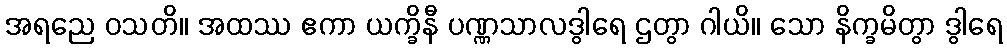
အရညေ ဝသတိ။ အထဿ ဧကာ ယက္ခိနီ ပဏ္ဏသာလဒွါရေ ဌတွာ ဂါယိ။ သော နိက္ခမိတွာ ဒွါရေ